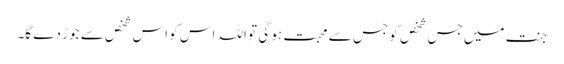
جنت میں جس شخص کو جس سے محبت ہو گی تو اللہ اس کو اس شخص سے جوڑ دے گا۔